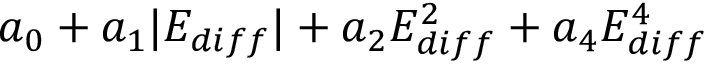
a _ { 0 } + a _ { 1 } | E _ { d i f f } | + a _ { 2 } E _ { d i f f } ^ { 2 } + a _ { 4 } E _ { d i f f } ^ { 4 }